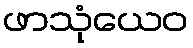
ဖာသုံယေဝ